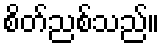
စိတ်ညစ်သည်။